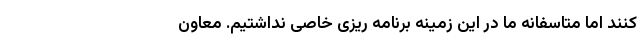
کنند اما متاسفانه ما در این زمینه برنامه ریزی خاصی نداشتیم. معاون